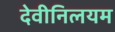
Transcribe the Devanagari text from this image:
देवीनिलयम